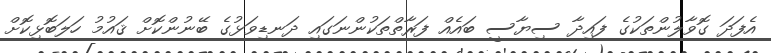
އެފަދަ ގޮވާލުންތަކުގެ ފައިދާ ސިޔާސީ ބައެއް ފަރާތްތަކުންނަގައި ދަނޑިވަޅުގެ ބޭނުންކޮށް ޤައުމު ހަލަބޮޅިކޮށް